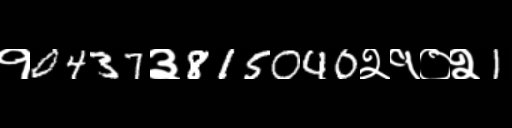
Text: १0437३815040२१०२1